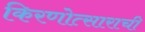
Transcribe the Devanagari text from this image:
किरणोत्साराची